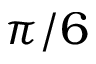
\pi / 6